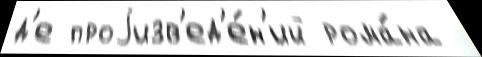
д'е проjизв'ед'е́н'ий рома́на